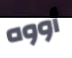
أووه